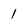
Character: 1